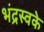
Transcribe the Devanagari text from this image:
भंद्रस्वके